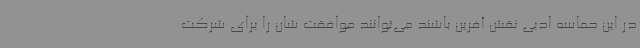
در این حماسه ادبی نقش آفرین باشند می‌توانند موافقت شان را برای شرکت